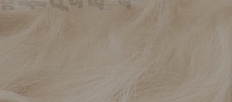
مطعم الفيصل للمأكولات الب